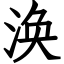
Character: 涣